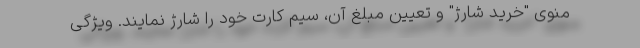
منوی "خرید شارژ" و تعیین مبلغ آن، سیم کارت خود را شارژ نمایند. ویژگی